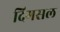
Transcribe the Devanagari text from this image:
दिगसल